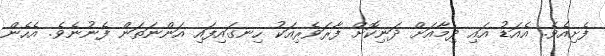
ފެށިއެވެ. އެއަޑު އައި ދިމާއަށް ދަނިކޮށް ފާރަވެރިއަކު ހިނގައިފައި އަންނަތަން ފެނުނެވެ. އެހެން